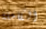
الكاملة